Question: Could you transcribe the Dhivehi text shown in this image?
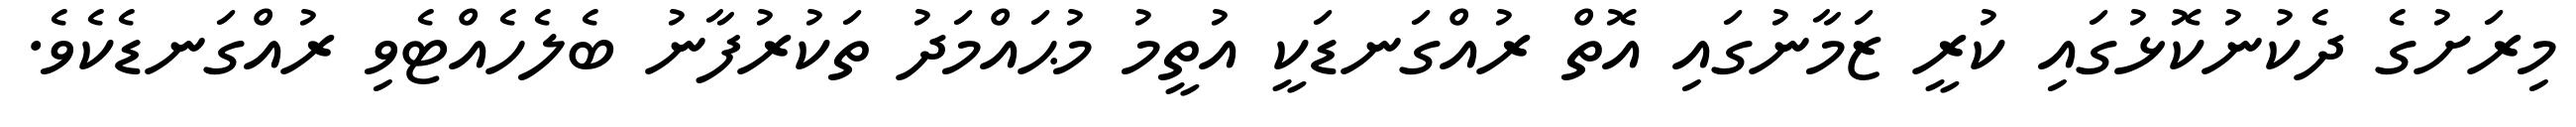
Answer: މިރަށުގެ ދެކުނުކޮޅުގައި ކުރީ ޒަމާނުގައި އޮތް ރުއްގަނޑަކީ އުތީމު މުޙައްމަދު ތަކުރުފާނު ބެލެހެއްޓެވި ރުއްގަނޑެކެވެ.